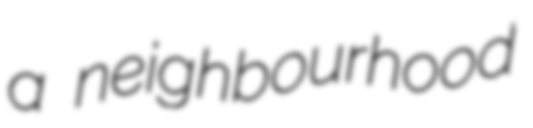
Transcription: a neighbourhood